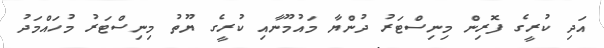
އަދި ކުރީގެ ފޮރިން މިނިސްޓަރު ދުންޔާ މައުމޫނާއި ކުރީގެ ޔޫތު މިނިސްޓަރު މުހައްމަދު